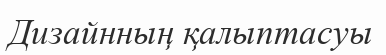
Дизайнның қалыптасуы